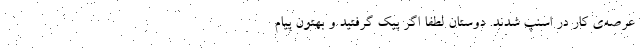
عرصه‌ی کار در اسنپ شدند. دوستان لطفاً اگر پیک گرفتید و بهتون پیام